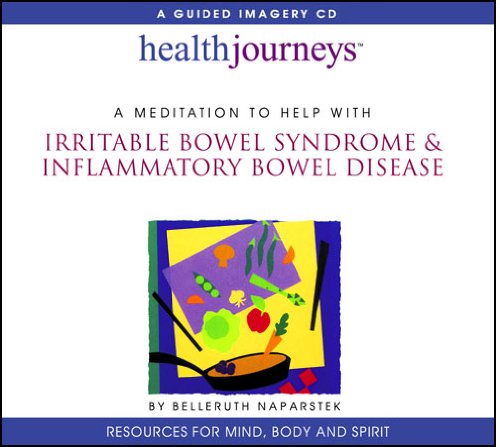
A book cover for A Meditation to Help With Irritable Bowel Syndrome & Inflammatory Bowel Disease (Health Journeys); Belleruth Naparstek; Health, Fitness & Dieting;